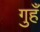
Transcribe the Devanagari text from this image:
गुहँ